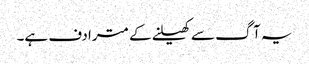
یہ آگ سے کھیلنے کے مترادف ہے۔